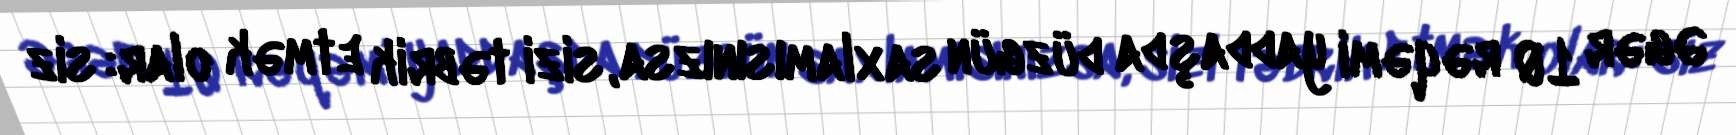
Əgər 10 rəqəmi yaddaşda düzgün saxlamısınızsa, sizi təbrik etmək olar: siz